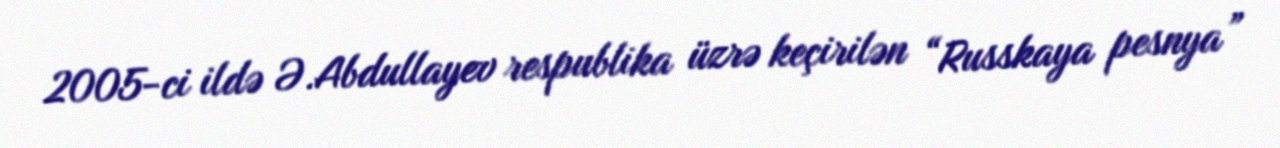
2005-ci ildə Ə.Abdullayev respublika üzrə keçirilən “Russkaya pesnya”